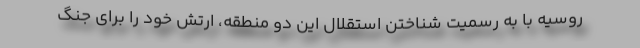
روسیه با به رسمیت شناختن استقلال این دو منطقه، ارتش خود را برای جنگ